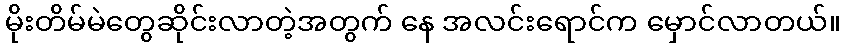
မိုးတိမ်မဲတွေဆိုင်းလာတဲ့အတွက် နေ အလင်းရောင်က မှောင်လာတယ်။